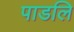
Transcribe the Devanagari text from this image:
पाडलि